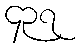
၄၃၇